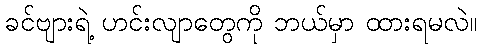
ခင်ဗျားရဲ့ ဟင်းလျာတွေကို ဘယ်မှာ ထားရမလဲ။